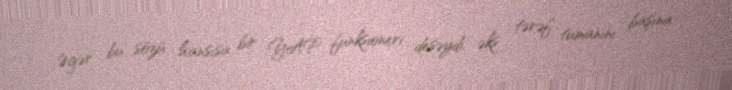
Əgər bu sözü hansısa bir YAP funksioneri desəydi, əks tərəf tumanını başına